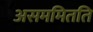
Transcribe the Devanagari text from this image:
असममितति